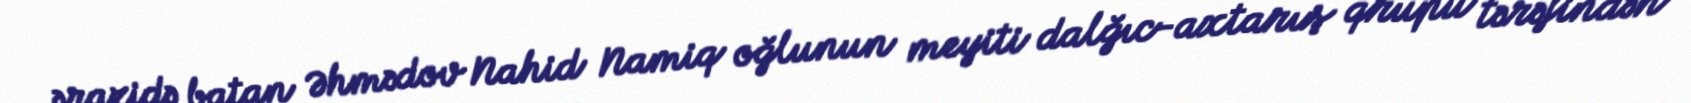
ərazidə batan Əhmədov Nahid Namiq oğlunun meyiti dalğıc-axtarış qrupu tərəfindən